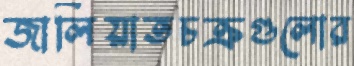
জালিয়াতচক্রগুলোর